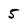
Character: 5